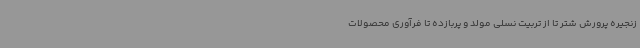
زنجیره پرورش شتر تا از تربیت نسلی مولد و پربازده تا فرآوری محصولات